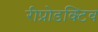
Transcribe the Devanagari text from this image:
रीप्रोडक्टिव